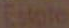
Estate